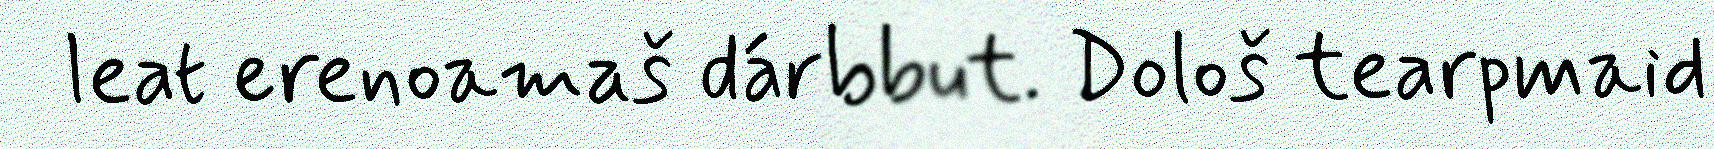
leat erenoamaš dárbbut. Dološ tearpmaid